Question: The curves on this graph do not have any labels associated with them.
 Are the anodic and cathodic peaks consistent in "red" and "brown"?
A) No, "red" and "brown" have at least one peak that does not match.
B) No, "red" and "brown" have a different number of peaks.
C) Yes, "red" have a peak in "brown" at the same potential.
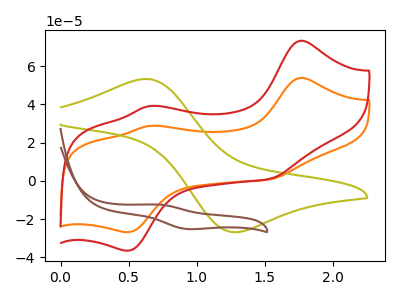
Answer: <think>The orange curve "orange" has anodic peaks at (1.75V, 53.75uA) (0.65V, 28.70uA) and cathodic peaks at (1.55V, 0.75uA) (0.50V, -26.85uA). The olive curve "olive" has an anodic peak at (0.60V, 53.25uA) and a cathodic peak at (1.30V, -26.80uA). The red curve "red" has anodic peaks at (1.75V, 73.20uA) (0.65V, 39.10uA) and cathodic peaks at (1.55V, 1.05uA) (0.50V, -36.55uA). The brown curve "brown" has an anodic peak at (0.70V, -12.40uA) and a cathodic peak at (0.95V, -25.20uA).</think>
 <answer>B) No, "red" and "brown" have a different number of peaks.</answer>
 <eval>B</eval>